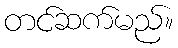
တင်ဆက်မည်။